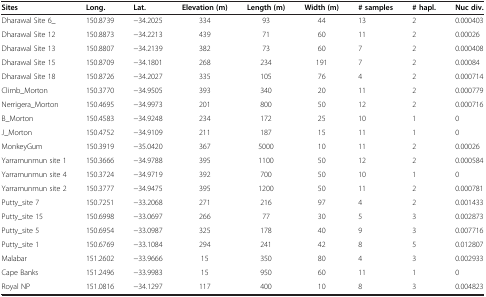
<table><thead><tr><td><b>Sites</b></td><td><b>Long.</b></td><td><b>Lat.</b></td><td><b>Elevation (m)</b></td><td><b>Length (m)</b></td><td><b>Width (m)</b></td><td><b># samples</b></td><td><b># hapl.</b></td><td><b>Nuc div.</b></td></tr></thead><tbody><tr><td>Dharawal Site 6_</td><td>150.8739</td><td>−34.2025</td><td>334</td><td>93</td><td>44</td><td>13</td><td>2</td><td>0.000403</td></tr><tr><td>Dharawal Site 12</td><td>150.8873</td><td>−34.2213</td><td>439</td><td>71</td><td>60</td><td>11</td><td>2</td><td>0.00026</td></tr><tr><td>Dharawal Site 13</td><td>150.8807</td><td>−34.2139</td><td>382</td><td>73</td><td>60</td><td>7</td><td>2</td><td>0.000408</td></tr><tr><td>Dharawal Site 15</td><td>150.8709</td><td>−34.1801</td><td>268</td><td>234</td><td>191</td><td>7</td><td>2</td><td>0.00084</td></tr><tr><td>Dharawal Site 18</td><td>150.8726</td><td>−34.2027</td><td>335</td><td>105</td><td>76</td><td>4</td><td>2</td><td>0.000714</td></tr><tr><td>Climb_Morton</td><td>150.3770</td><td>−34.9505</td><td>393</td><td>340</td><td>20</td><td>11</td><td>2</td><td>0.000779</td></tr><tr><td>Nerrigera_Morton</td><td>150.4695</td><td>−34.9973</td><td>201</td><td>800</td><td>50</td><td>12</td><td>2</td><td>0.000716</td></tr><tr><td>B_Morton</td><td>150.4583</td><td>−34.9248</td><td>234</td><td>172</td><td>25</td><td>10</td><td>1</td><td>0</td></tr><tr><td>J_Morton</td><td>150.4752</td><td>−34.9109</td><td>211</td><td>187</td><td>15</td><td>11</td><td>1</td><td>0</td></tr><tr><td>MonkeyGum</td><td>150.3919</td><td>−35.0420</td><td>367</td><td>5000</td><td>10</td><td>11</td><td>2</td><td>0.00026</td></tr><tr><td>Yarramunmun site 1</td><td>150.3666</td><td>−34.9788</td><td>395</td><td>1100</td><td>50</td><td>12</td><td>2</td><td>0.000584</td></tr><tr><td>Yarramunmun site 4</td><td>150.3724</td><td>−34.9719</td><td>392</td><td>700</td><td>50</td><td>10</td><td>1</td><td>0</td></tr><tr><td>Yarramunmun site 2</td><td>150.3777</td><td>−34.9475</td><td>395</td><td>1200</td><td>50</td><td>11</td><td>2</td><td>0.000781</td></tr><tr><td>Putty_site 7</td><td>150.7251</td><td>−33.2068</td><td>271</td><td>216</td><td>97</td><td>4</td><td>2</td><td>0.001433</td></tr><tr><td>Putty_site 15</td><td>150.6998</td><td>−33.0697</td><td>266</td><td>77</td><td>30</td><td>5</td><td>3</td><td>0.002873</td></tr><tr><td>Putty_site 5</td><td>150.6954</td><td>−33.0987</td><td>325</td><td>178</td><td>40</td><td>9</td><td>3</td><td>0.007716</td></tr><tr><td>Putty_site 1</td><td>150.6769</td><td>−33.1084</td><td>294</td><td>241</td><td>42</td><td>8</td><td>5</td><td>0.012807</td></tr><tr><td>Malabar</td><td>151.2602</td><td>−33.9666</td><td>15</td><td>350</td><td>80</td><td>4</td><td>3</td><td>0.002933</td></tr><tr><td>Cape Banks</td><td>151.2496</td><td>−33.9983</td><td>15</td><td>950</td><td>60</td><td>11</td><td>1</td><td>0</td></tr><tr><td>Royal NP</td><td>151.0816</td><td>−34.1297</td><td>117</td><td>400</td><td>10</td><td>8</td><td>3</td><td>0.004823</td></tr></tbody></table>